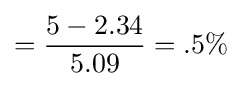
={\frac {5-2.34}{5.09}}=.5\%